Annual report of the Bengal Veterinary College and of the Civil Veterinary Department, Bengal, for the year 1917-18 - 1917-1918
Year: 1917
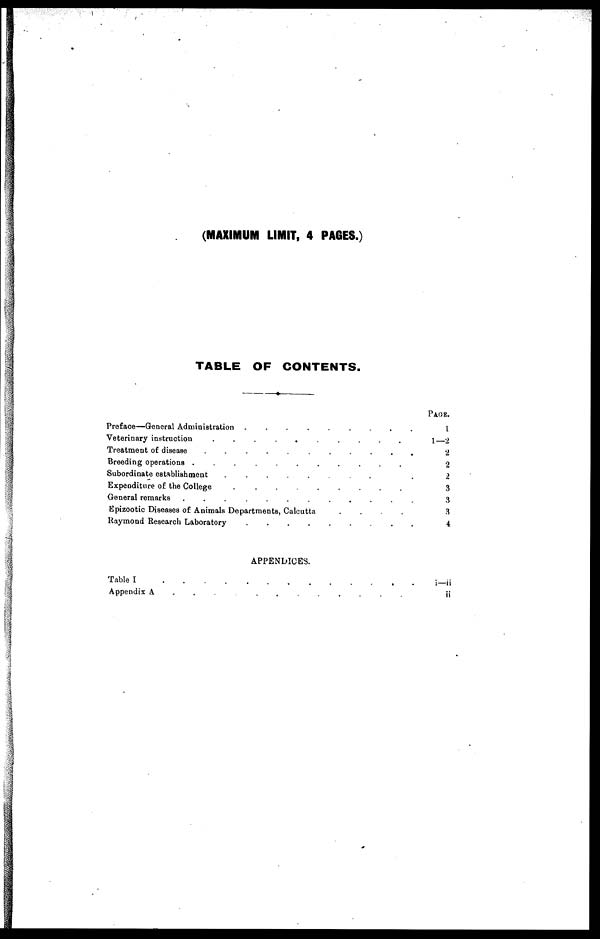
(MAXIMUM LIMIT, 4 PAGES.)
TABLE OF CONTENTS.
Preface—General Administration
.........
Veterinary instruction
..........
Treatment of disease
...........
Breeding operations ...........
Subordinate establishment
........
Expenditure of the College
...........
General remarks
............
Epizootic Diseases of Animals Departments, Calcutta
.
.
.
.
Raymond Research Laboratory ...........
APPENDICES.
Table I ...........
Appendix A ...........
PAGE.
1
1—2
2
2
2
3
3
3
4
i—ii
ii